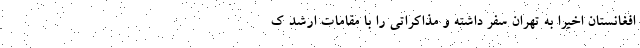
افغانستان اخیرا به تهران سفر داشته و مذاکراتی را با مقامات ارشد ک